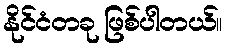
နိုင်ငံတခု ဖြစ်ပါတယ်။